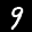
Label: 9